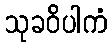
သုခဝိပါကံ